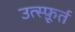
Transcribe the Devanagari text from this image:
उत्स्फ़ूर्त